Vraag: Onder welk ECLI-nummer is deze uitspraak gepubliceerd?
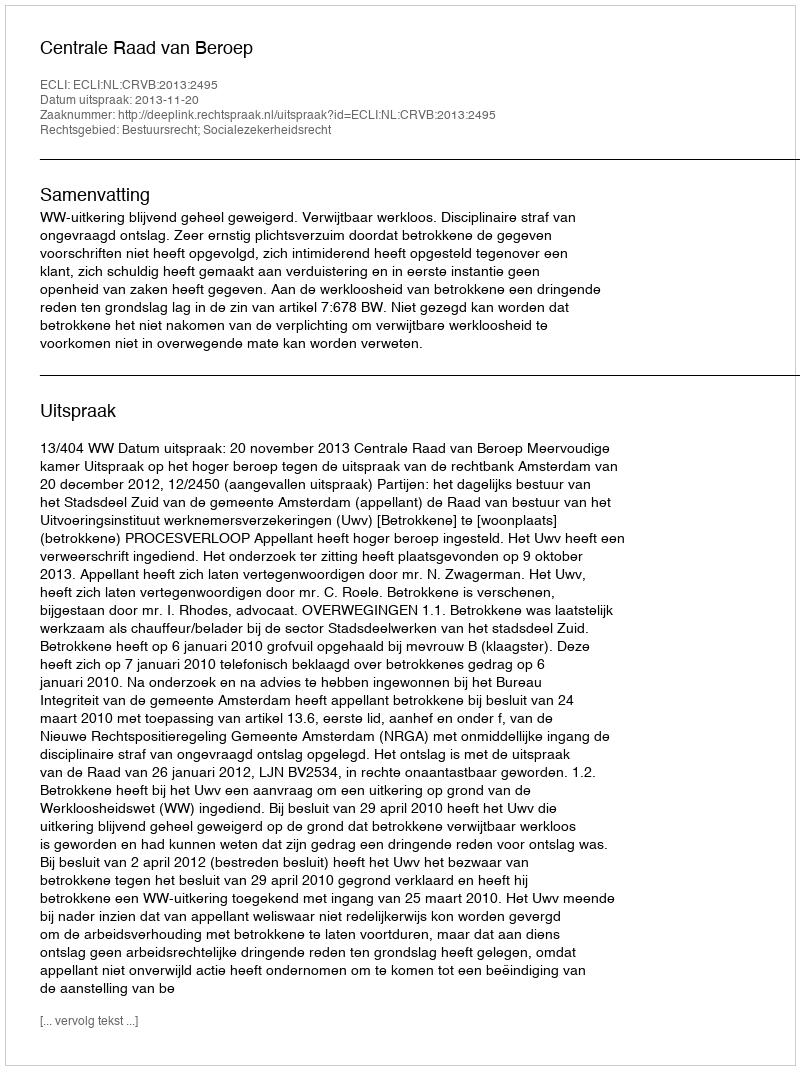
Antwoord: ECLI:NL:CRVB:2013:2495